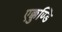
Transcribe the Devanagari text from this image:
एक्कुण्डि